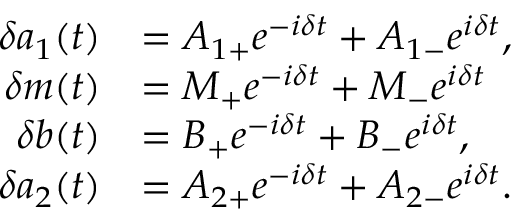
\begin{array} { r l } { \delta a _ { 1 } ( t ) } & { = A _ { 1 + } e ^ { - i \delta t } + A _ { 1 - } e ^ { i \delta t } , } \\ { \delta m ( t ) } & { = M _ { + } e ^ { - i \delta t } + M _ { - } e ^ { i \delta t } } \\ { \delta b ( t ) } & { = B _ { + } e ^ { - i \delta t } + B _ { - } e ^ { i \delta t } , } \\ { \delta a _ { 2 } ( t ) } & { = A _ { 2 + } e ^ { - i \delta t } + A _ { 2 - } e ^ { i \delta t } . } \end{array}